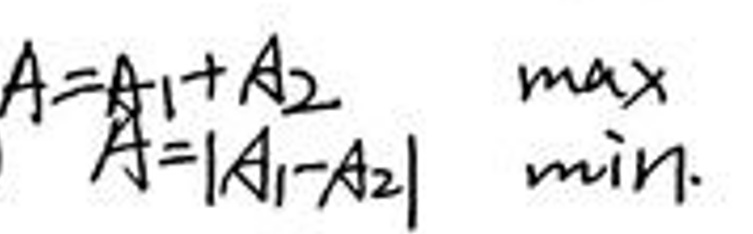
$A = A_1 + A_2 \quad A = |A_1 - A_2| \quad \max \quad \min.$